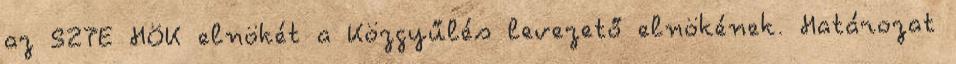
az SZTE HÖK elnökét a Közgyűlés levezető elnökének. Határozat